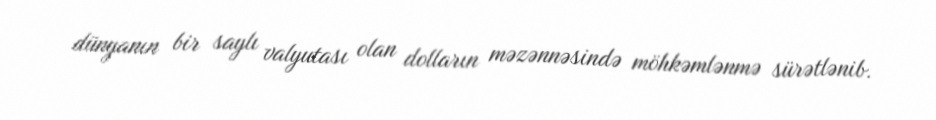
dünyanın bir saylı valyutası olan dolların məzənnəsində möhkəmlənmə sürətlənib.